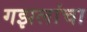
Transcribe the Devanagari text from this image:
गझलांचा